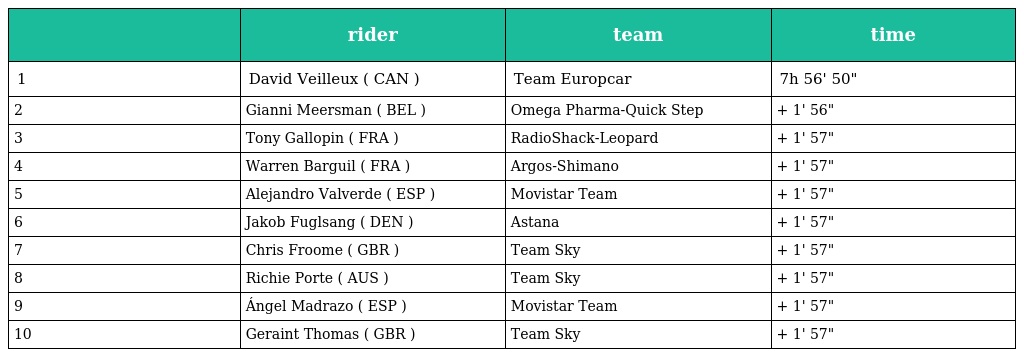
|  | rider | team | time |
 | --- | --- | --- | --- |
 | 1 | David Veilleux ( CAN ) | Team Europcar | 7h 56' 50" |
 | 2 | Gianni Meersman ( BEL ) | Omega Pharma-Quick Step | + 1' 56" |
 | 3 | Tony Gallopin ( FRA ) | RadioShack-Leopard | + 1' 57" |
 | 4 | Warren Barguil ( FRA ) | Argos-Shimano | + 1' 57" |
 | 5 | Alejandro Valverde ( ESP ) | Movistar Team | + 1' 57" |
 | 6 | Jakob Fuglsang ( DEN ) | Astana | + 1' 57" |
 | 7 | Chris Froome ( GBR ) | Team Sky | + 1' 57" |
 | 8 | Richie Porte ( AUS ) | Team Sky | + 1' 57" |
 | 9 | Ángel Madrazo ( ESP ) | Movistar Team | + 1' 57" |
 | 10 | Geraint Thomas ( GBR ) | Team Sky | + 1' 57" |